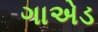
ગાએડ